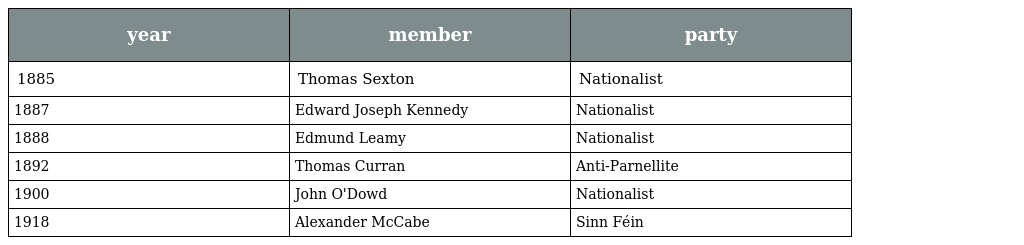
| year | member | party |
 | --- | --- | --- |
 | 1885 | Thomas Sexton | Nationalist |
 | 1887 | Edward Joseph Kennedy | Nationalist |
 | 1888 | Edmund Leamy | Nationalist |
 | 1892 | Thomas Curran | Anti-Parnellite |
 | 1900 | John O'Dowd | Nationalist |
 | 1918 | Alexander McCabe | Sinn Féin |